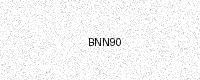
Text: BNN90